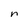
Character: n